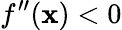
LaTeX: f^{\prime\prime}(\mathbf{x})<0